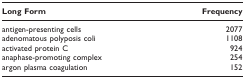
<table><thead><tr><td><b>Long Form</b></td><td><b>Frequency</b></td></tr></thead><tbody><tr><td>antigen-presenting cells</td><td>2077</td></tr><tr><td>adenomatous polyposis coli</td><td>1108</td></tr><tr><td>activated protein C</td><td>924</td></tr><tr><td>anaphase-promoting complex</td><td>254</td></tr><tr><td>argon plasma coagulation</td><td>152</td></tr></tbody></table>